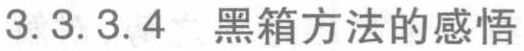
3.3.3.4 黑箱方法的感悟